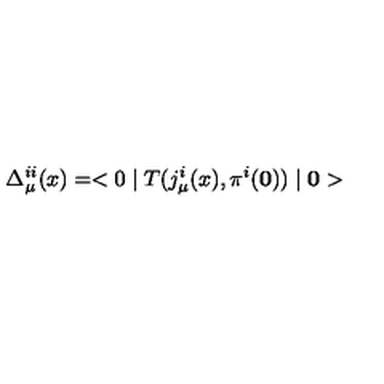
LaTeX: \Delta _ { \mu } ^ { i i } ( x ) = < 0 \mid T ( j _ { \mu } ^ { i } ( x ) , \pi ^ { i } ( \bf 0 ) ) \mid 0 >